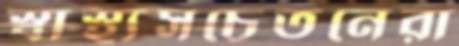
স্বাস্থ্যসচেতনেরা